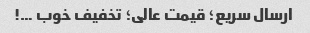
ارسال سریع؛ قیمت عالی؛ تخفیف خوب …!